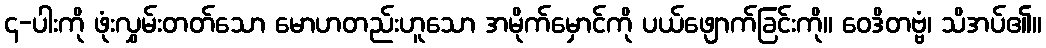
၄-ပါးကို ဖုံးလွှမ်းတတ်သော မောဟတည်းဟူသော အမိုက်မှောင်ကို ပယ်ဖျောက်ခြင်းကို။ ဝေဒိတဗ္ဗံ၊ သိအပ်၏။